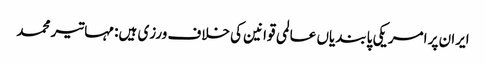
ایران پر امریکی پابندیاں عالمی قوانین کی خلاف ورزی ہیں: مہاتیر محمد